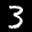
Label: 3